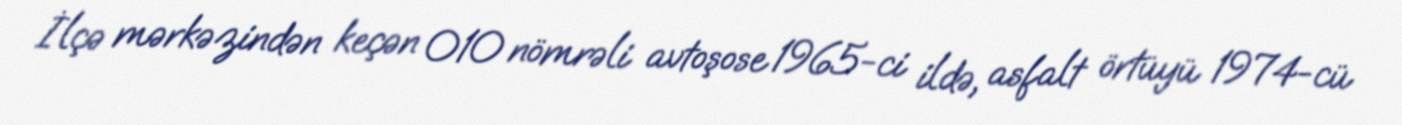
İlçə mərkəzindən keçən 010 nömrəli avtoşose 1965-ci ildə, asfalt örtüyü 1974-cü